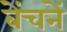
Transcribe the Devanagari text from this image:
बेंचनें